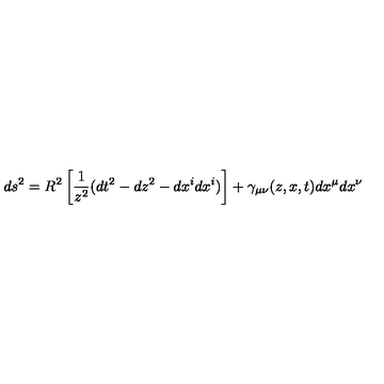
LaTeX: d s ^ { 2 } = R ^ { 2 } \left[ { \frac { 1 } { z ^ { 2 } } } ( d t ^ { 2 } - d z ^ { 2 } - d x ^ { i } d x ^ { i } ) \right] + \gamma _ { \mu \nu } ( z , x , t ) d x ^ { \mu } d x ^ { \nu }